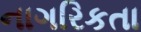
નાગરિકતા